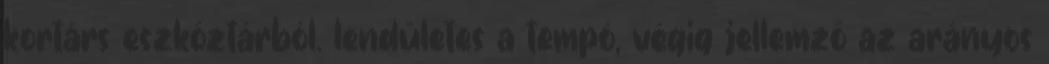
kortárs eszköztárból. lendületes a tempó, végig jellemző az arányos